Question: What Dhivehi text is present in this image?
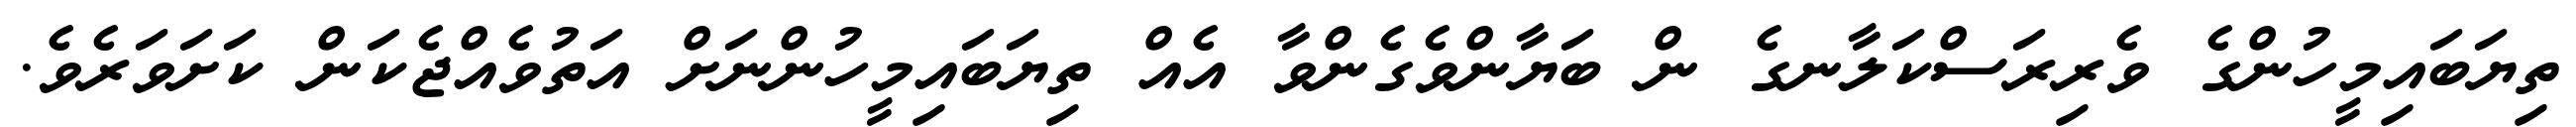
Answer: ތިޔަބައިމީހުންގެ ވެރިރަސްކަލާނގެ ން ބަޔާންވެގެންވާ އެއް ތިޔަބައިމީހުންނަށް އަތުވެއްޖެކަން ކަށަވަރެވެ.